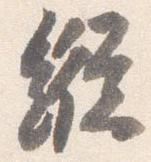
縦